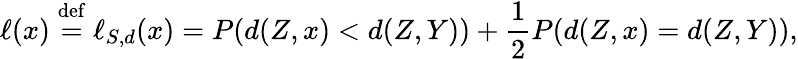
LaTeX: \ell(x)\stackrel{\mathrm{def}}{=}\ell_{S,d}(x)=P(d(Z,x)<d(Z,Y))+\frac{1}{2}P(d(Z,x)=d(Z,Y)),